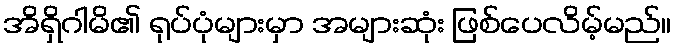
အိရှိဂါမိ၏ ရုပ်ပုံများမှာ အများဆုံး ဖြစ်ပေလိမ့်မည်။